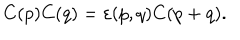
C ( p ) C ( q ) = \varepsilon ( p , q ) C ( p + q ) .